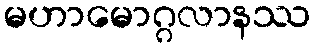
မဟာမောဂ္ဂလာနဿ